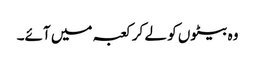
وہ بیٹوں کو لے کر کعبہ میں آئے۔